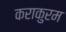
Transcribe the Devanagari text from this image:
कराकुरम